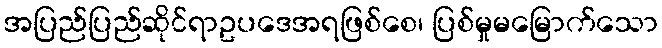
အပြည်ပြည်ဆိုင်ရာဥပဒေအရဖြစ်စေ၊ ပြစ်မှုမမြောက်သော